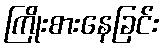
ကြိုးစားနေခြင်း